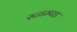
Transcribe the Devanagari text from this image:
स्टाम्पड